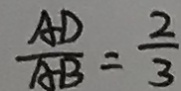
\frac { A D } { A B } = \frac { 2 } { 3 }